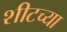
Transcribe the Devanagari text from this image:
शीटच्या